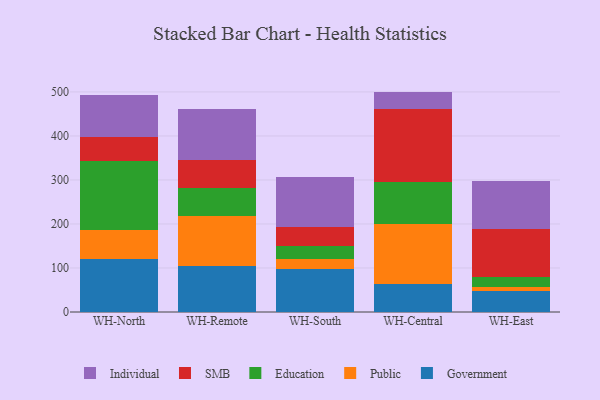
{"axis": {"x": "Warehouse", "y": "Population (Million)"}, "legend": ["Education", "Government", "Individual", "Public", "SMB"], "data": [{"x": "WH-North", "y": 120.5, "type": "Government"}, {"x": "WH-North", "y": 64.8, "type": "Public"}, {"x": "WH-North", "y": 157.1, "type": "Education"}, {"x": "WH-North", "y": 54.9, "type": "SMB"}, {"x": "WH-North", "y": 96.5, "type": "Individual"}, {"x": "WH-Remote", "y": 105.6, "type": "Government"}, {"x": "WH-Remote", "y": 113.2, "type": "Public"}, {"x": "WH-Remote", "y": 62.2, "type": "Education"}, {"x": "WH-Remote", "y": 63.6, "type": "SMB"}, {"x": "WH-Remote", "y": 116.0, "type": "Individual"}, {"x": "WH-South", "y": 97.2, "type": "Government"}, {"x": "WH-South", "y": 22.7, "type": "Public"}, {"x": "WH-South", "y": 30.6, "type": "Education"}, {"x": "WH-South", "y": 41.8, "type": "SMB"}, {"x": "WH-South", "y": 113.6, "type": "Individual"}, {"x": "WH-Central", "y": 64.0, "type": "Government"}, {"x": "WH-Central", "y": 135.6, "type": "Public"}, {"x": "WH-Central", "y": 95.4, "type": "Education"}, {"x": "WH-Central", "y": 165.4, "type": "SMB"}, {"x": "WH-Central", "y": 40.4, "type": "Individual"}, {"x": "WH-East", "y": 46.7, "type": "Government"}, {"x": "WH-East", "y": 9.6, "type": "Public"}, {"x": "WH-East", "y": 23.1, "type": "Education"}, {"x": "WH-East", "y": 109.0, "type": "SMB"}, {"x": "WH-East", "y": 109.6, "type": "Individual"}]}